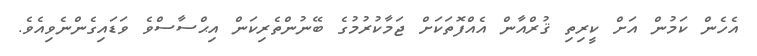
އެހެން ކަމުން އަށް ކީރިތި ޤުރްއާން އެއްފޮތަކަށް ޖަމާކުރުމުގެ ބޭނުންތެރިކަން އިޙްސާސްވެ ވަޑައިގެންނެވިއެވެ.